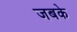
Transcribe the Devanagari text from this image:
जबके